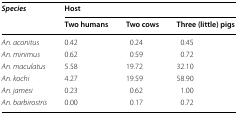
<table><thead><tr><td rowspan="2"><b><i>Species</i></b></td><td colspan="3"><b>Host</b></td></tr><tr><td><b>Two humans</b></td><td><b>Two cows</b></td><td><b>Three (little) pigs</b></td></tr></thead><tbody><tr><td><i>An. aconitus</i></td><td>0.42</td><td>0.24</td><td>0.45</td></tr><tr><td><i>An. minimus</i></td><td>0.62</td><td>0.59</td><td>0.72</td></tr><tr><td><i>An. maculatus</i></td><td>5.58</td><td>19.72</td><td>32.10</td></tr><tr><td><i>An. kochi</i></td><td>4.27</td><td>19.59</td><td>58.90</td></tr><tr><td><i>An. jamesi</i></td><td>0.23</td><td>0.62</td><td>1.00</td></tr><tr><td><i>An. barbirostris</i></td><td>0.00</td><td>0.17</td><td>0.72</td></tr></tbody></table>